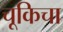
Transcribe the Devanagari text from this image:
चूकिचा